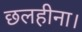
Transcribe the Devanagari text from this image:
छलहीना।